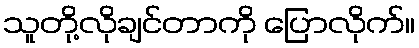
သူတို့လိုချင်တာကို ပြောလိုက်။